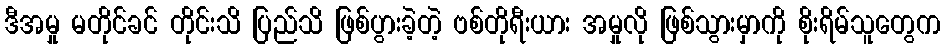
ဒီအမှု မတိုင်ခင် တိုင်းသိ ပြည်သိ ဖြစ်ပွားခဲ့တဲ့ ဗစ်တိုရီးယား အမှုလို ဖြစ်သွားမှာကို စိုးရိမ်သူတွေက